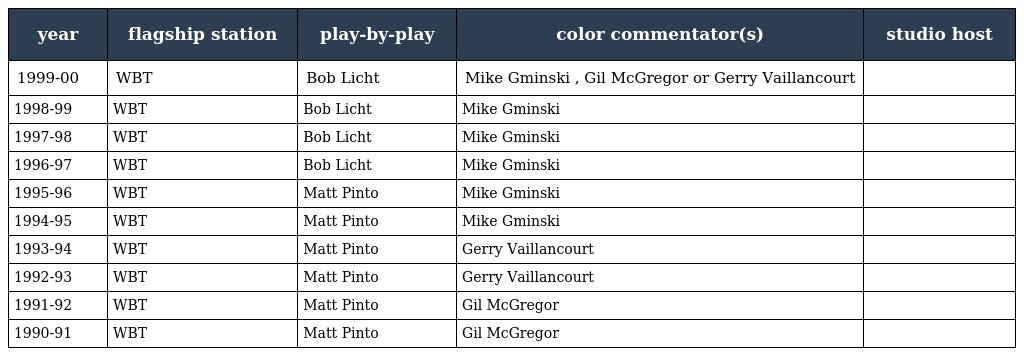
| year | flagship station | play-by-play | color commentator(s) | studio host |
 | --- | --- | --- | --- | --- |
 | 1999-00 | WBT | Bob Licht | Mike Gminski , Gil McGregor or Gerry Vaillancourt |  |
 | 1998-99 | WBT | Bob Licht | Mike Gminski |  |
 | 1997-98 | WBT | Bob Licht | Mike Gminski |  |
 | 1996-97 | WBT | Bob Licht | Mike Gminski |  |
 | 1995-96 | WBT | Matt Pinto | Mike Gminski |  |
 | 1994-95 | WBT | Matt Pinto | Mike Gminski |  |
 | 1993-94 | WBT | Matt Pinto | Gerry Vaillancourt |  |
 | 1992-93 | WBT | Matt Pinto | Gerry Vaillancourt |  |
 | 1991-92 | WBT | Matt Pinto | Gil McGregor |  |
 | 1990-91 | WBT | Matt Pinto | Gil McGregor |  |